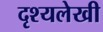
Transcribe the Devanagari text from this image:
दृश्यलेखी